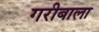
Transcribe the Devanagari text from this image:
गरीबाला